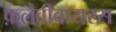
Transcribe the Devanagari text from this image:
फ़्लैवीवायरस